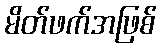
မိတ်ဖက်အဖြစ်